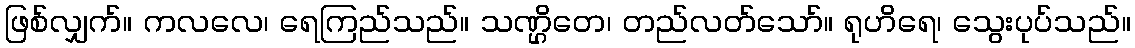
ဖြစ်လျှက်။ ကလလေ၊ ရေကြည်သည်။ သဏ္ဌိတေ၊ တည်လတ်သော်။ ရုဟိရေ၊ သွေးပုပ်သည်။